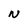
Character: N